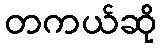
တကယ်ဆို